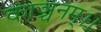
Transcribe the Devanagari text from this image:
काञ्चनम्।।